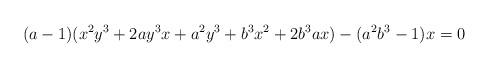
LaTeX: \begin{align*}(a-1)(x^2y^3+2ay^3x+a^2y^3+b^3x^2+2b^3ax)-(a^2b^3-1)x=0\end{align*}